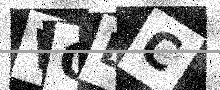
Text: VOBC